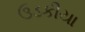
ઉડકીયા